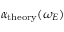
\alpha _ { \mathrm { t h e o r y } } ( \omega _ { E } )